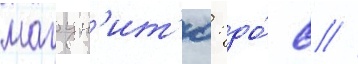
магун'ит'ю: до́ 8 //